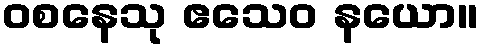
ဝစနေသု ဧသေဝ နယော။